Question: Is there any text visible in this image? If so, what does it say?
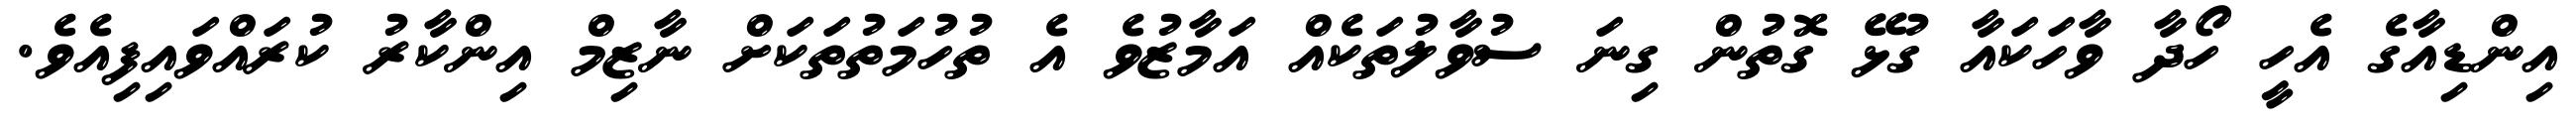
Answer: އިންޑިއާގެ އެހީ ހޯދާ ވާހަކައާ ގުޅޭ ގޮތުން ގިނަ ސުވާލުތަކެއް އަމާޒުވެ އެ ތުހުމަތުތަކަށް ނާޒިމް އިންކާރު ކުރައްވައިފިއެވެ.